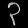
Digit: ၃